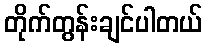
တိုက်တွန်းချင်ပါတယ်